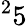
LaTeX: ^25